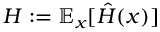
H : = \mathbb { E } _ { x } [ \hat { H } ( x ) ]